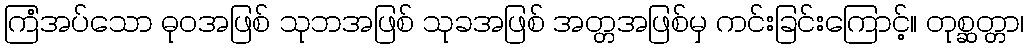
ကြံအပ်သော ဓုဝအဖြစ် သုဘအဖြစ် သုခအဖြစ် အတ္တအဖြစ်မှ ကင်းခြင်းကြောင့်။ တုစ္ဆတ္တာ၊